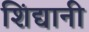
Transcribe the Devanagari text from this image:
शिंद्यानी